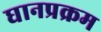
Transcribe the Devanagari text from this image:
घानप्रक्रम